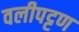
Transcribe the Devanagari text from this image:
वलीपट्टण